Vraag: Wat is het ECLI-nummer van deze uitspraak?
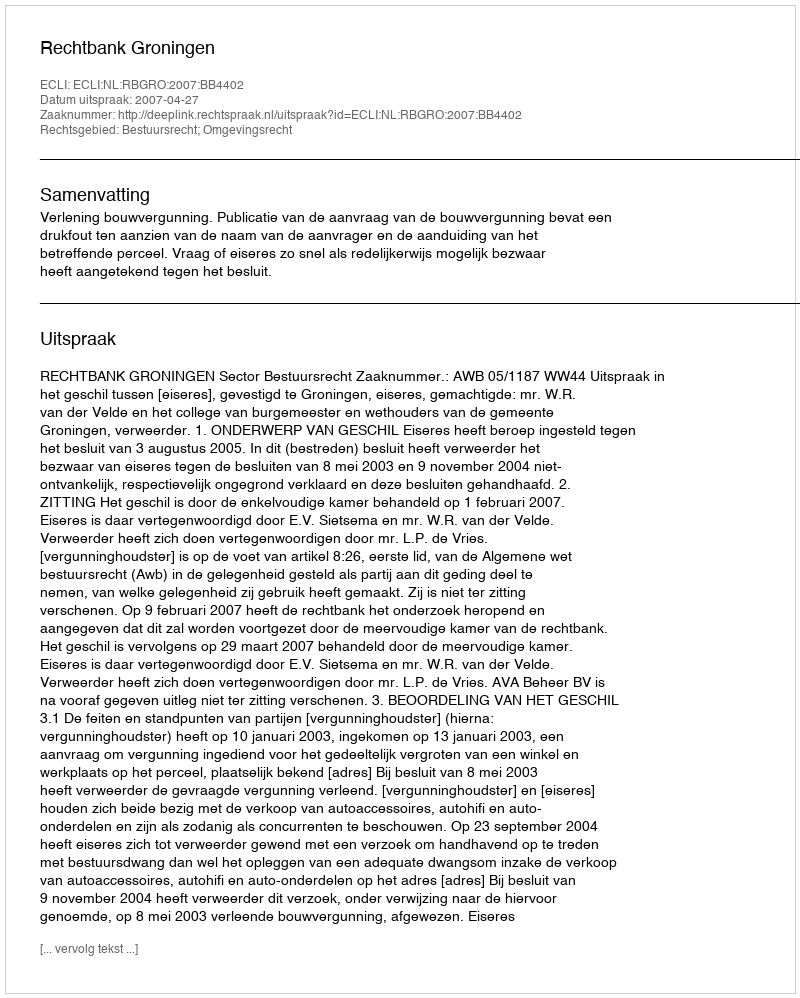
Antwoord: ECLI:NL:RBGRO:2007:BB4402